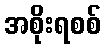
အစိုးရစစ်